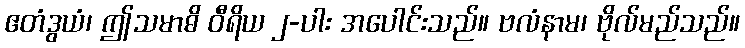
ဧတံဒွယံ၊ ဤသမာဓိ ဝီရိယ ၂-ပါး အပေါင်းသည်။ ဗလံနာမ၊ ဗိုလ်မည်သည်။